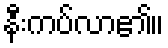
နီးကပ်လာ၏။